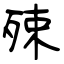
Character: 殐